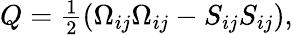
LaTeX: \begin{array}{r}{Q=\frac{1}{2}\left(\Omega_{ij}\Omega_{ij}-S_{ij}S_{ij}\right),}\end{array}